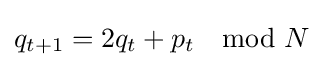
q_{t+1}=2q_{t}+p_{t}\mod N